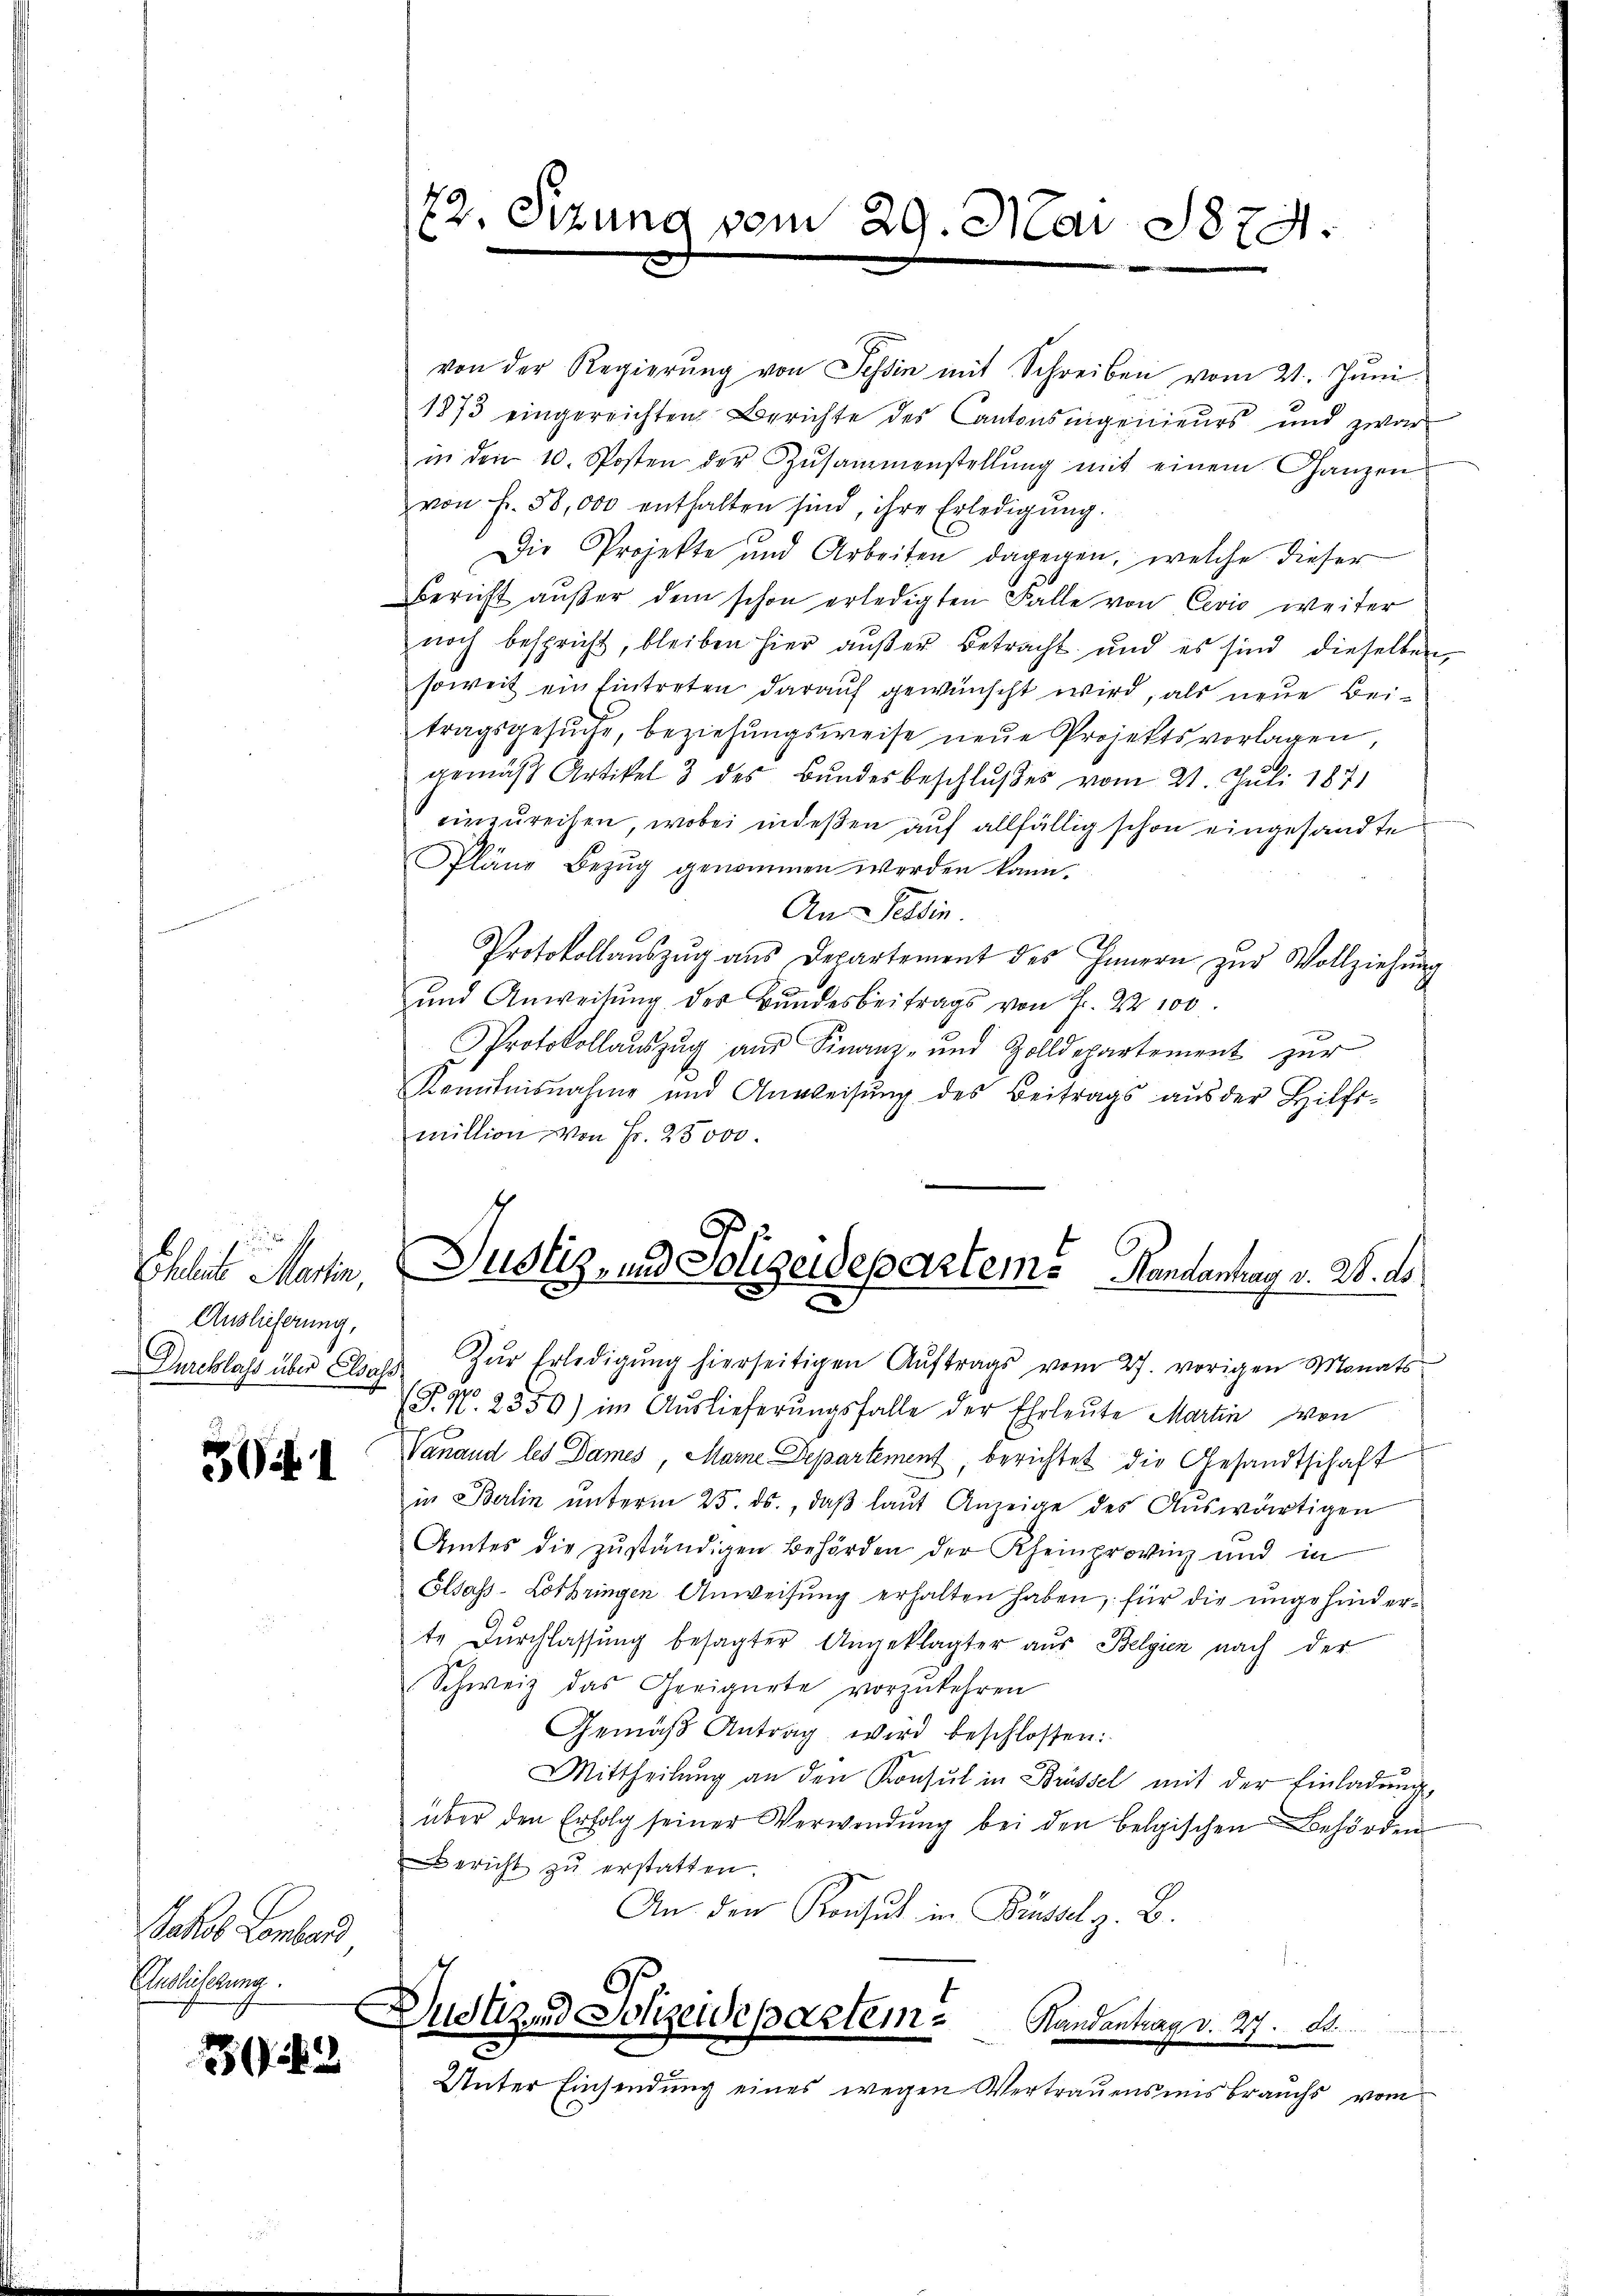
Eheleute Martin,
Auslieferung,
Durchlass über Elsas¬

31

halt werd
Auslieferung.
E

382

von der Regierŭng von Tessin mit Schreiben vom 21. Jŭni
1873 eingereichten Berichte des Cantonsrigenieurs und zwar
in den 10. Posten der Zŭsammenstellŭng mit einem Ganzen
von fr. 58,000 enthalten sind, ihre Erledigŭng.
Die Projekte und Arbeiten dagegen, welche dieser
Bericht außer dem schon erledigten Falle von Cevio weiter
noch bespricht, bleiben hier außer Betracht und es sind dieselben
soweit ein Eintreten darauf gewünscht wird, als neue Beitragsgesuche, beziehungsweise neue Projekts vorlagen,
gemäß Artikel 3 des Bundesbeschlußes vom 21. Juli 1871
einzureihen, wobei indeßen auf allfällig schon eingesandte
Pläne Bezug genommen werden kann.
An Tessin.
Protokollaŭszŭg aŭs Departement des Innern zŭr Vollziehŭng
und Anweisŭng der Bŭndesbeitrags von Fr. 22 100.
Protokollaŭszŭg aŭs Finanz- und Zolldepartement zŭr
Kenntnisnahme und Anweisŭng des Beitrags aŭs der Hilfs-
million von Fr. 25000.

72. Sitzung vom 29. Mai 1874.

Justiz, und Solizeidepartem Randanhay v. 28. d

Zŭr Erledigŭng hierseitigen Aŭftrags vom 27. vorigen Monats
(P. Nr. 2850) im Auslieferŭngsfalle der Ehrleŭte Martin von
Vanand les Dames, Marne Departement, berichtet die Gesandtschaft
in Berlin ŭnterm 25. ds., daβ laŭt Anzeige des Auswärtigen
Amtes die zuständigen Behörden der Rheinprovinz und in
Elsass-Lothringen Anweisŭng erhalten haben, für die ungehinderte Durchlassung besagter Angeklagter aus Belgien nach der
Schweiz das Geeignete vorzukehren
Gemäβ Antrag wird beschlossen:
Mittheilung an den Konsul in Brüssel mit der Einladung,
über den Erfolg seiner Verwendŭng bei den belgischen Behörden
Bericht zŭ erstatten.
An den Konsul in Büssel z. B.
da¬
Dustizend Polizeidepartem Handentrag v. 27. d.
Unter Einsendŭng eines wegen Vertrauens insbrauchs vom